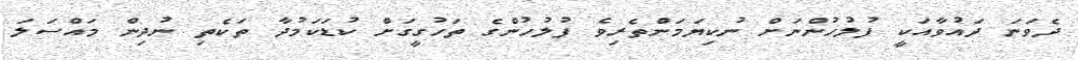
ދެވަނަ ދައުވާއަކީ ފުލުހުންނަށް ނުކިޔަމަންތެރިވެ ފުލުހުންގެ ތަހުގީގަށް ކުޑަކަމުދާ ތަކެތި ނުދިން މައްސަލަ